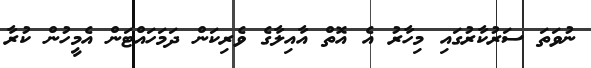
ނުވަތަ ސަރުކާރުގައި މިހާރު އެ އޮޮތް އާއިލާގެ ވެރިކަން ދަމަހައްޓަން އެމީހުން ކުރާ